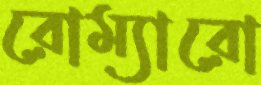
রোম্যারো